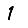
Digit: 1